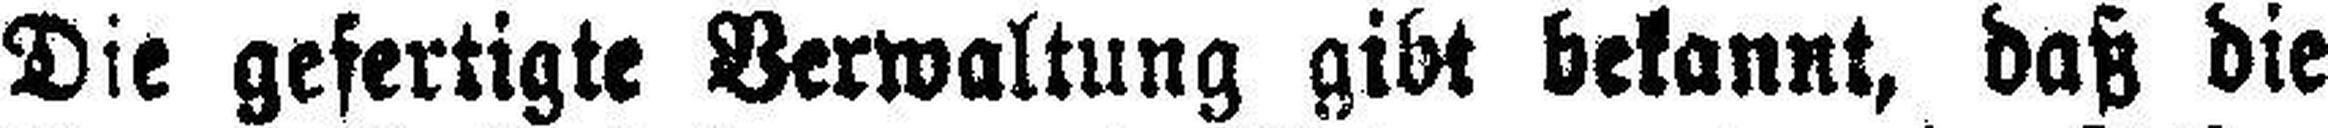
Die gefertigte Verwaltung gibt bekannt, daß die